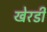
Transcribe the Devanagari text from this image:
खेरडी